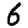
Digit: 6